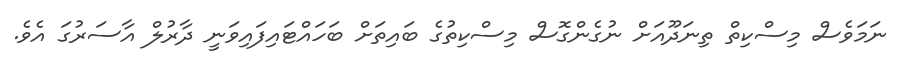
ނަމަވެސް މިސްކިތް ތިނަދޫއަށް ނުގެންގޮސް މިސްކިތުގެ ބައިތަށް ބަހައްޓައިފައިވަނީ ދާރުލް އާސަރުގަ އެވެ.